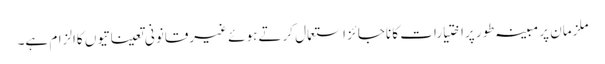
ملزمان پر مبینہ طور پراختیارات کا ناجائز استعمال کرتے ہوئے غیرقانونی تعیناتیوں کاالزام ہے۔